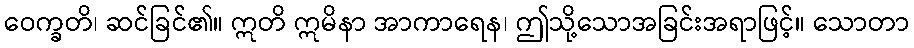
ဝေက္ခတိ၊ ဆင်ခြင်၏။ ဣတိ ဣမိနာ အာကာရေန၊ ဤသို့သောအခြင်းအရာဖြင့်။ သောတာ